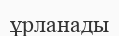
ұрланады